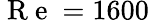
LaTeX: \mathrm{~R~e~}=1600